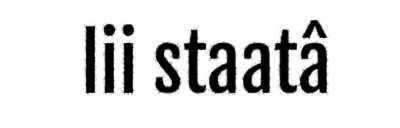
lii staatâ